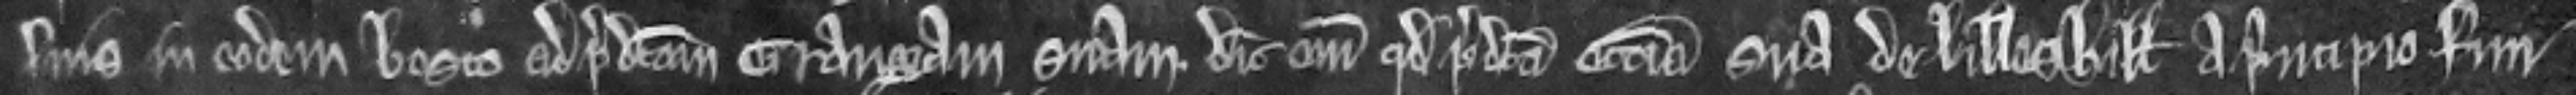
suis in eodem bosco ad predictam grangiam suam. Dicit enim quod predicta ecclesia sua de Lilleshill a principio fun